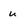
Character: u